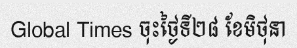
Global Times ចុះថ្ងៃទី២៨ ខែមិថុនា